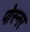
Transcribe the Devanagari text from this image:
पोस्‍नर